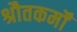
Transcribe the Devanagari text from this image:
श्रौतकर्मों